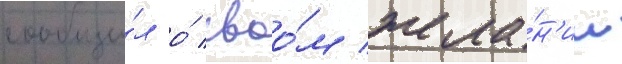
сообщи́л о́ своо́м жела́н'ии